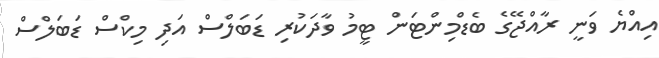
އިއްޔެ ވަނީ ރާއްޖޭގެ ބެޑްމިންޓަން ޓީމު ވާދަކުރި ޑަބަލްސް އަދި މިކްސް ޑަބަލްސް